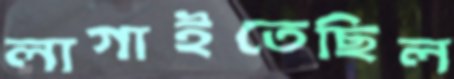
লাগাইতেছিল